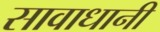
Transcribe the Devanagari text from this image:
सावाधानी